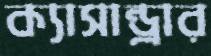
ক্যাসান্ড্রার